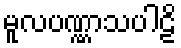
မူလပဏ္ဏာသပါဠိ